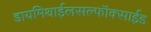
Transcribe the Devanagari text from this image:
डायमिथाईलसल्फॉक्साईड